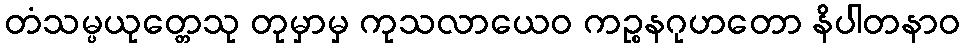
တံသမ္ပယုတ္တေသု တုမှာမှ ကုသလာယေဝ ကဉ္စနဂုဟတော နိပါတနာဝ